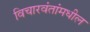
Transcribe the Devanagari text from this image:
विचारवंतांमधील